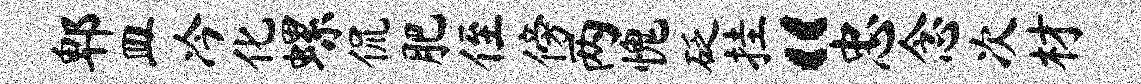
郫皿冷化螺侃肥侄傍两愧砭挂“忠念次材